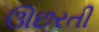
ઊછરતી